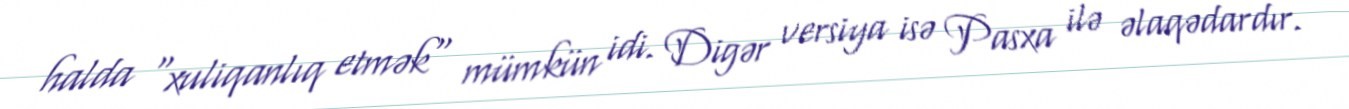
halda "xuliqanlıq etmək" mümkün idi. Digər versiya isə Pasxa ilə əlaqədardır.